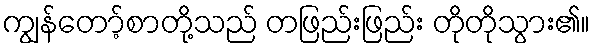
ကျွန်တော့်စာတို့သည် တဖြည်းဖြည်း တိုတိုသွား၏။